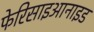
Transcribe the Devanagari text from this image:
फेरिसाइआनाइड